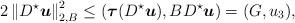
LaTeX: \begin{align*}2\left\|D^\star{ \boldsymbol u}\right\|_{2,B}^2 \leq \left({\boldsymbol\tau}(D^\star{ \boldsymbol u}),B D^\star{ \boldsymbol u}\right)=(G,u_3),\end{align*}